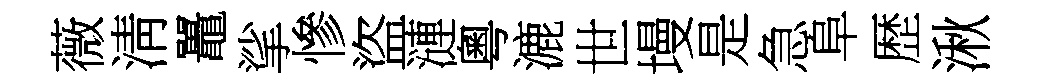
薇淸鼉挲慘盜漣粵漉世墁是急阜歴湫